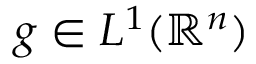
g \in L ^ { 1 } ( \mathbb { R } ^ { n } )